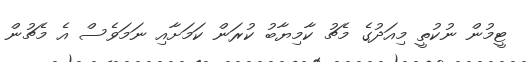
ޓީމުން ނުކުތީ މިއަދުގެ މެޗު ކާމިޔާބު ކުރަން ކަމަށާއި ނަމަވެސް އެ މެޗުން